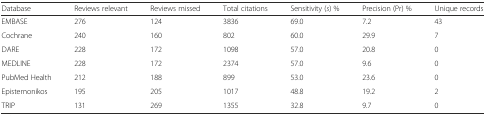
<table><thead><tr><td><b>Database</b></td><td><b>Reviews relevant</b></td><td><b>Reviews missed</b></td><td><b>Total citations</b></td><td><b>Sensitivity (<i>s</i>) %</b></td><td><b>Precision (Pr) %</b></td><td><b>Unique records</b></td></tr></thead><tbody><tr><td>EMBASE</td><td>276</td><td>124</td><td>3836</td><td>69.0</td><td>7.2</td><td>43</td></tr><tr><td>Cochrane</td><td>240</td><td>160</td><td>802</td><td>60.0</td><td>29.9</td><td>7</td></tr><tr><td>DARE</td><td>228</td><td>172</td><td>1098</td><td>57.0</td><td>20.8</td><td>0</td></tr><tr><td>MEDLINE</td><td>228</td><td>172</td><td>2374</td><td>57.0</td><td>9.6</td><td>0</td></tr><tr><td>PubMed Health</td><td>212</td><td>188</td><td>899</td><td>53.0</td><td>23.6</td><td>0</td></tr><tr><td>Epistemonikos</td><td>195</td><td>205</td><td>1017</td><td>48.8</td><td>19.2</td><td>2</td></tr><tr><td>TRIP</td><td>131</td><td>269</td><td>1355</td><td>32.8</td><td>9.7</td><td>0</td></tr></tbody></table>